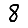
Digit: 8